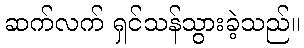
ဆက်လက် ရှင်သန်သွားခဲ့သည်။